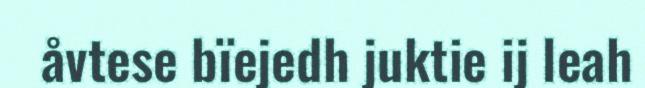
åvtese bïejedh juktie ij leah